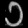
Digit: ၁